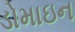
ડોમાઇન